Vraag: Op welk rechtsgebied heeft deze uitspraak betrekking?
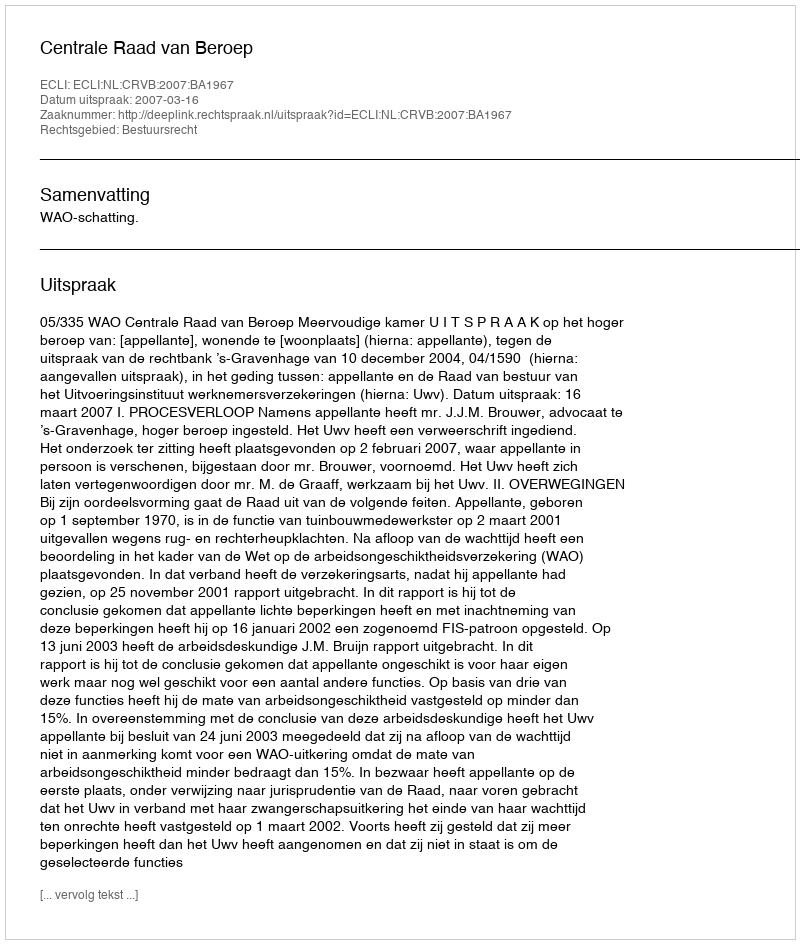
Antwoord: Bestuursrecht